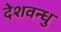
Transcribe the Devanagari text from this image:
देशवन्धु